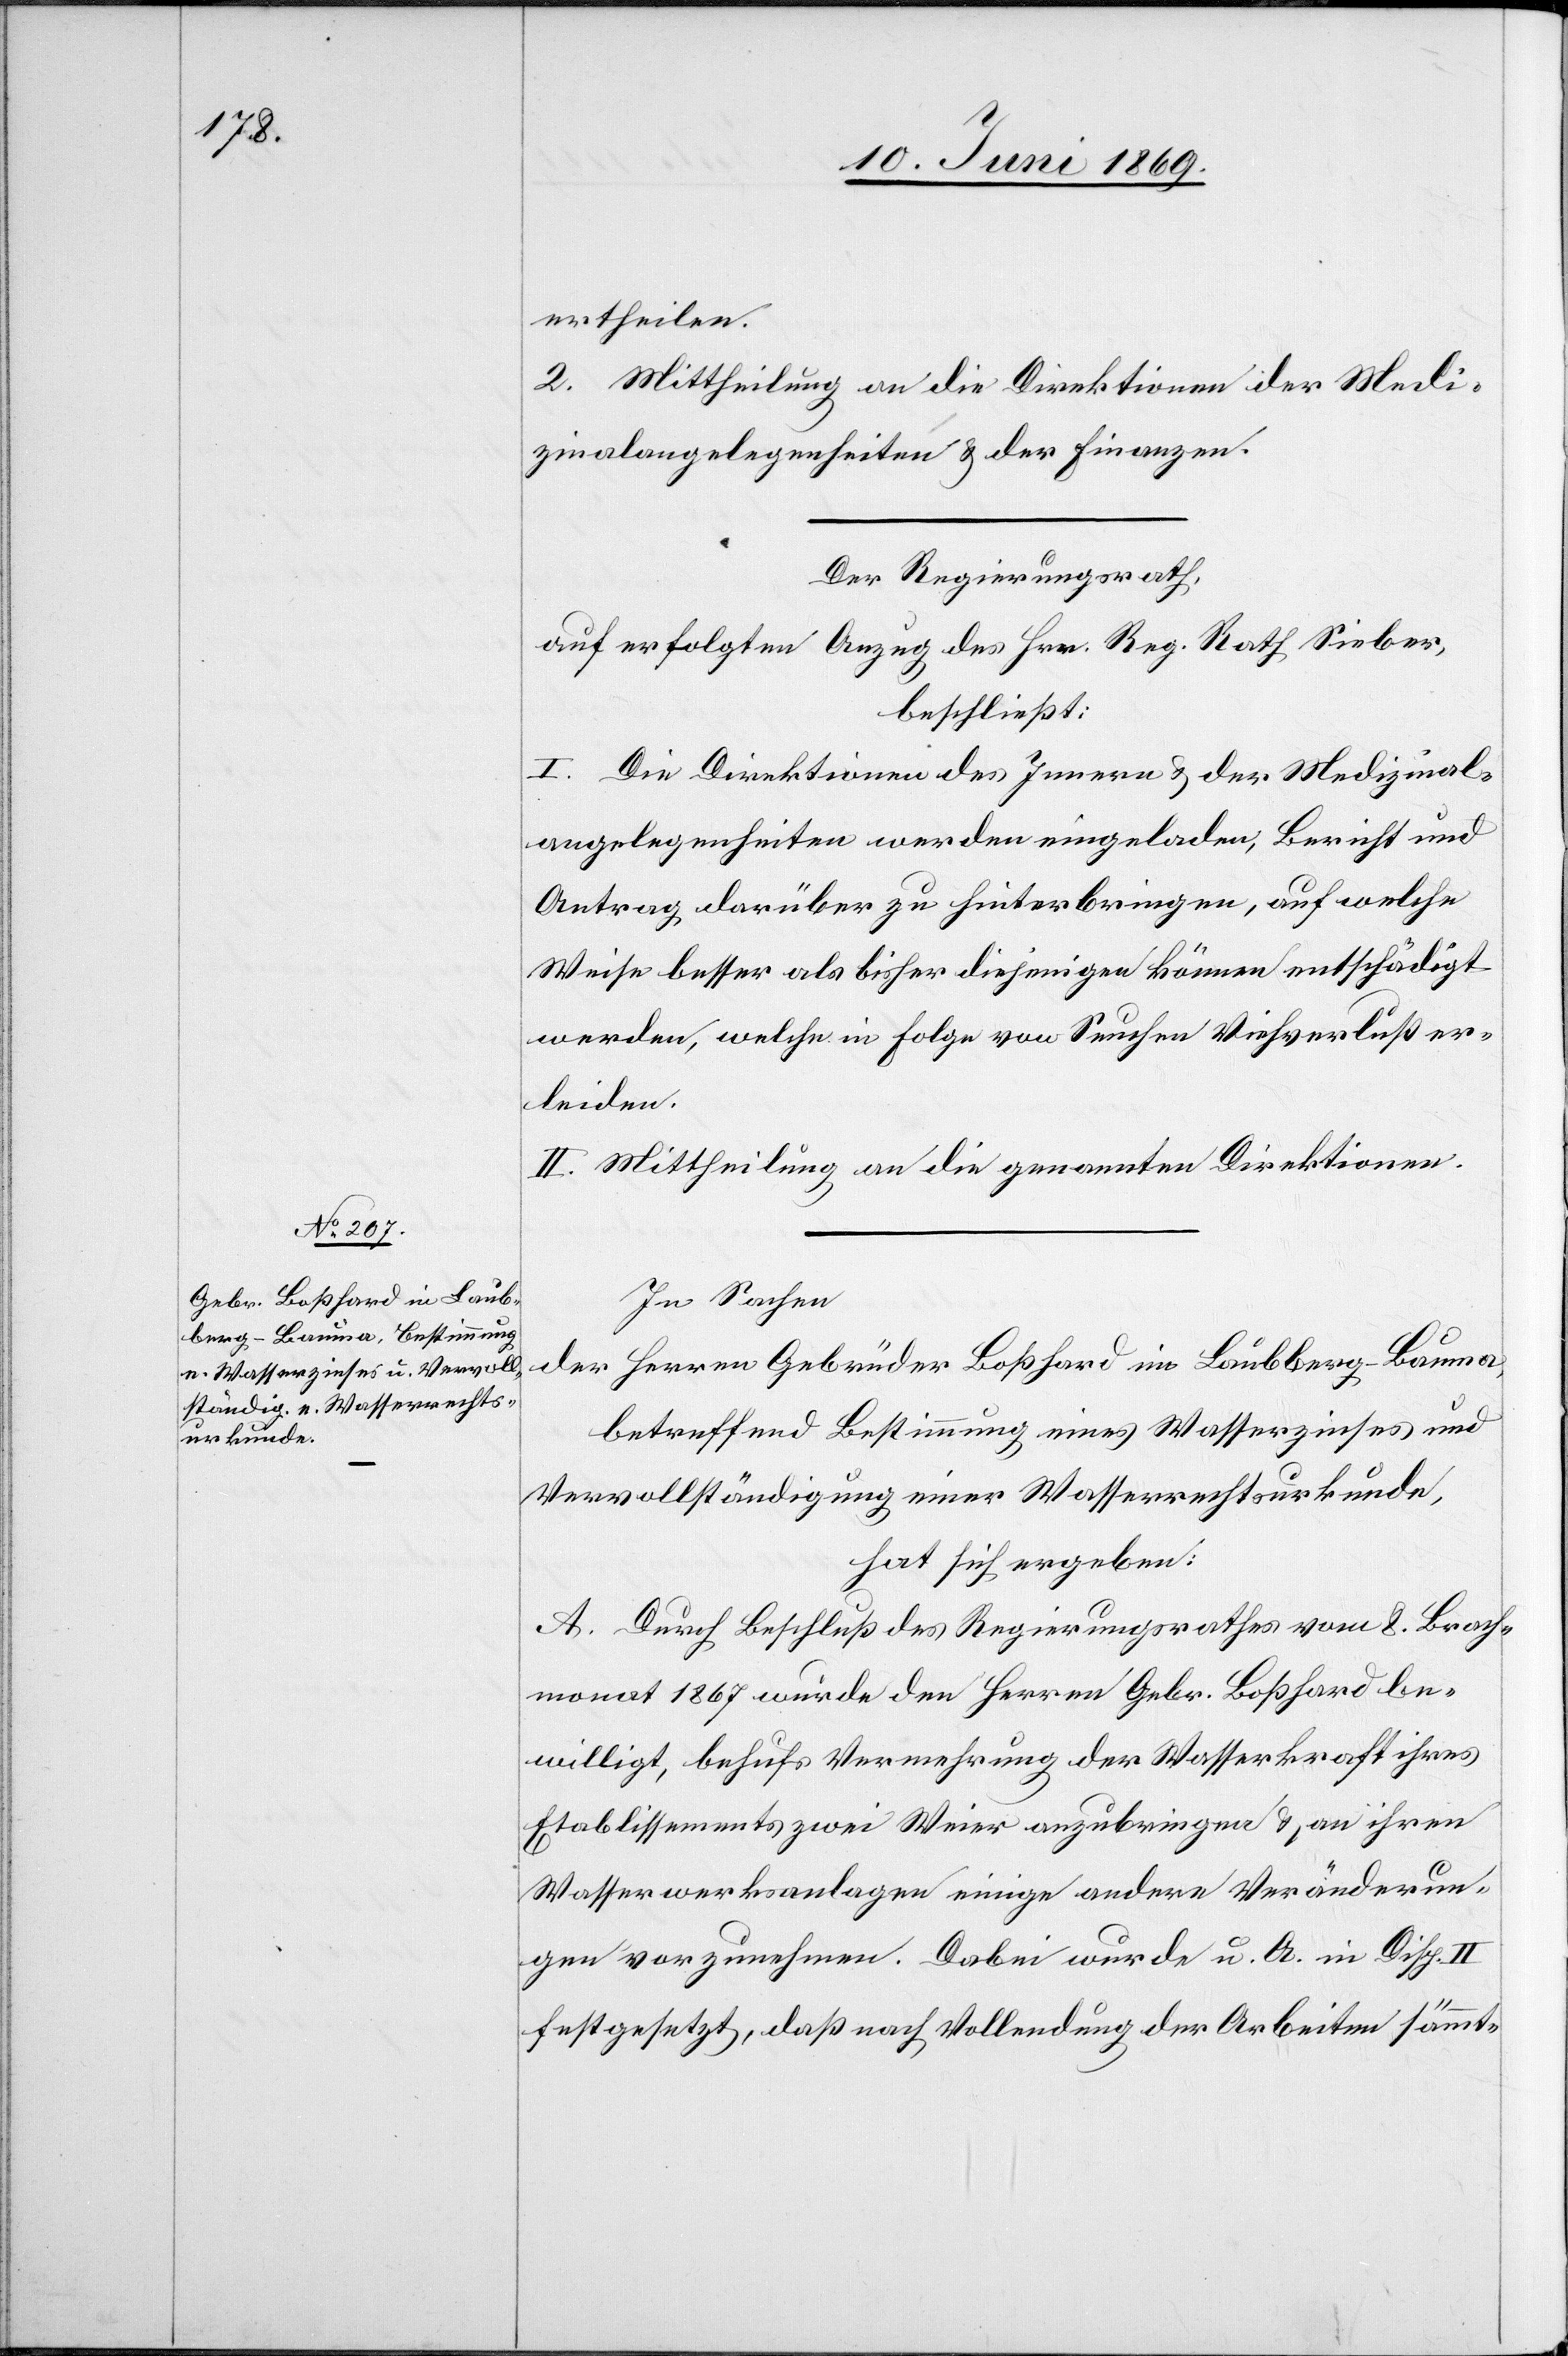
ertheilen.
2. Mittheilung an die Direktionen der Medi¬
zinalangelegenheiten u. der Finanzen.
Der Regierungsrath,
auf erfolgten Anzug des Hrn. Reg. Rath Sieber,
beschließt:
I. Die Direktion des Innern u. der Medizinal¬
angelegenheiten werden eingeladen, Bericht und
Antrag darüber zu hinterbringen, auf welche
Weise besser als bisher diejenigen können entschädigt
werden, welche in Folge von Seuchen Viehverlust er¬
leiden.
II. Mittheilung an die genannten Direktionen.
In Sachen
der Herren Gebrüder Boßhard im Laubberg-Bauma,
betreffend Bestimmung eines Wasserzinses und
Vervollständigung einer Wasserrechtsurkunde,
hat sich ergeben:
A. Durch Beschluß des Regierungsrathes vom 8 Brach¬
monat 1867 wurde den Herren Gebr. Boßhard be¬
willigt, behuf Vermehrung der Wasserkraft ihres
Etablissements zwei Weier anzubringen u. an ihren
Wasserwerksanlagen einige andere Veränderun¬
gen vorzunehmen. Dabei wurde u. A. in Disp. II
festgesetzt, daß nach Vollendung der Arbeiten sämmt-